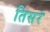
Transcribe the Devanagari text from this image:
तिसरं